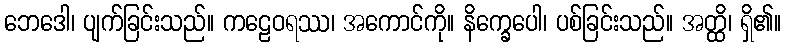
ဘေဒေါ၊ ပျက်ခြင်းသည်။ ကဠေဝရဿ၊ အကောင်ကို။ နိက္ခေပေါ၊ ပစ်ခြင်းသည်။ အတ္ထိ၊ ရှိ၏။